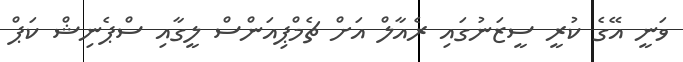
ވަނީ އޭގެ ކުރީ ސީޒަނުގައި ރެއާލް އަށް ޗެމްޕިއަންސް ލީގާއި ސްޕެނިޝް ކަޕް